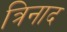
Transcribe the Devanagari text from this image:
त्रिनाद